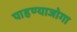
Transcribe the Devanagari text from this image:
पाहण्याजोगा